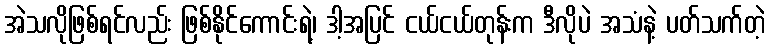
အဲသလိုဖြစ်ရင်လည်း ဖြစ်နိုင်ကောင်းရဲ့၊ ဒါ့အပြင် ငယ်ငယ်တုန်းက ဒီလိုပဲ အသံနဲ့ ပတ်သက်တဲ့